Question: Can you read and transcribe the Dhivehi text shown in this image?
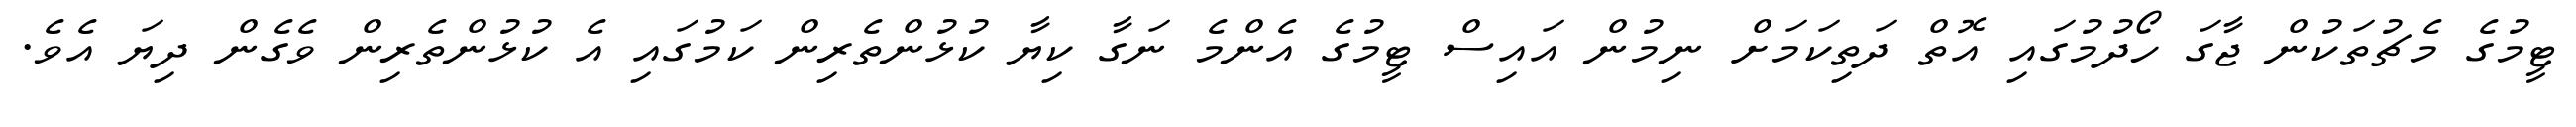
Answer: ޓީމުގެ މެޗުތަކުން ޖާގަ ހޯދުމުގައި އޮތް ދަތިކަމަށް ނިމުން އައިސް ޓީމުގެ އެންމެ ނަގާ ކިޔާ ކުޅުންތެރިން ކަމުގައި އެ ކުޅުންތެރިން ވެގެން ދިޔަ އެވެ.